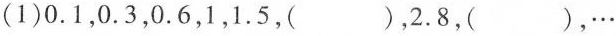
(1)0.1，0.3，0.6，1，1.5，( )，2.8，(